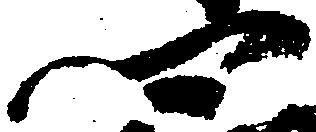
卿